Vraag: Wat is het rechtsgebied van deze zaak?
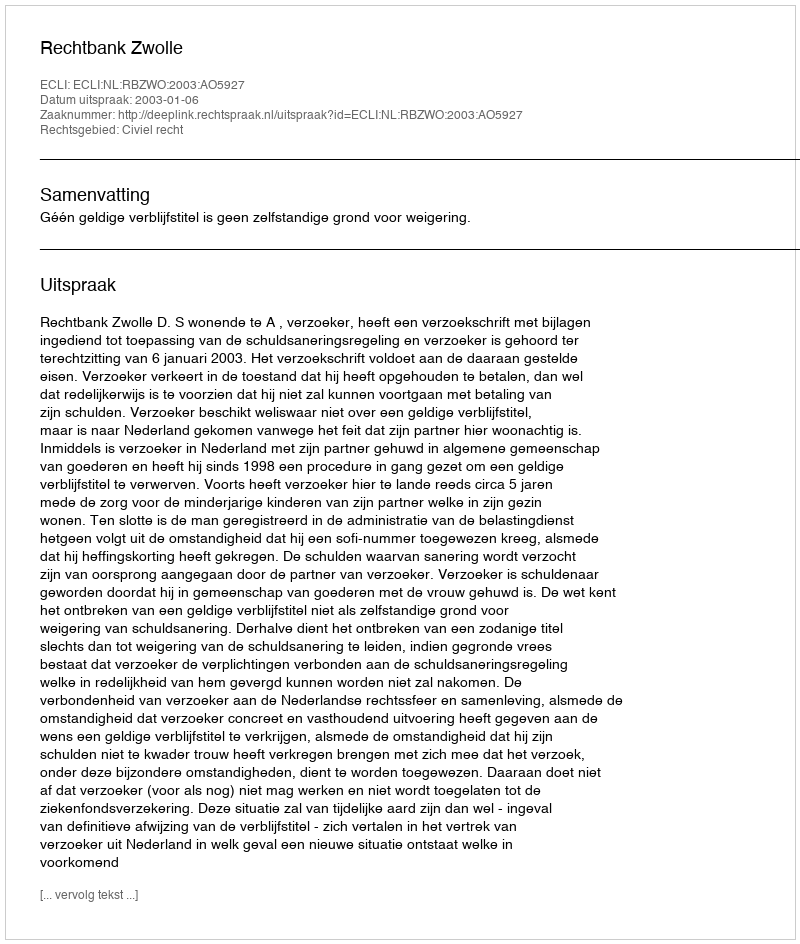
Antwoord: Civiel recht